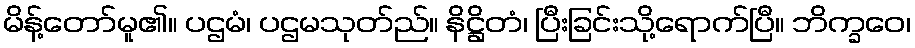
မိန့်တော်မူ၏။ ပဌမံ၊ ပဌမသုတ်ည်။ နိဋ္ဌိတံ၊ ပြီးခြင်းသို့ရောက်ပြီ။ ဘိက္ခဝေ၊